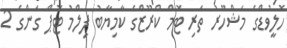
ހޮލީވުޑްގެ މަޝްހޫރު ތަރި ޓޮމް ކްރޫޒްގެ ކާމިޔާބު ފިލްމު ޓޮޕް ގަންގެ 2